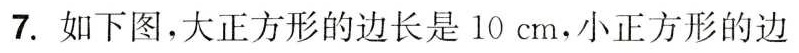
7.如下图，大正方形的边长是10cm，小正方形的边